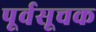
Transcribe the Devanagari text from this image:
पूर्वसूचक